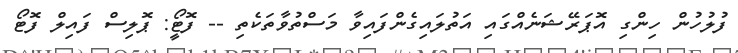
ފުލުހުން ހިންގި އޮޕަރޭޝަނެއްގައި އަތުލައިގެންފައިވާ މަސްތުވާތަކެތި -- ފޮޓީޯ: ޕޮލިސް ފައިލް ފޮޓޯ